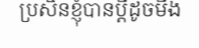
ប្រសិនខ្ញុំបានប្តីដូចមីង